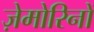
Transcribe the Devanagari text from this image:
ज़ेमोरिनों